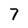
Character: 7